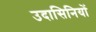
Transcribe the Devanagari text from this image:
उदासिनियों